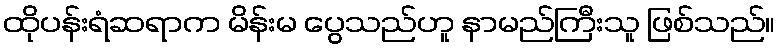
ထိုပန်းရံဆရာက မိန်းမ ပွေသည်ဟူ နာမည်ကြီးသူ ဖြစ်သည်။